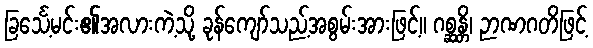
ခြင်္သေ့မင်း၏အလားကဲ့သို့ ခုန်ကျော်သည့်အစွမ်းအားဖြင့်။ ဂစ္ဆန္တိ၊ ဉာဏဂတိဖြင့်